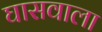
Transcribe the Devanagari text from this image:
घासवाला